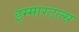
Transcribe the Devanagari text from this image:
इम्मारटल्स